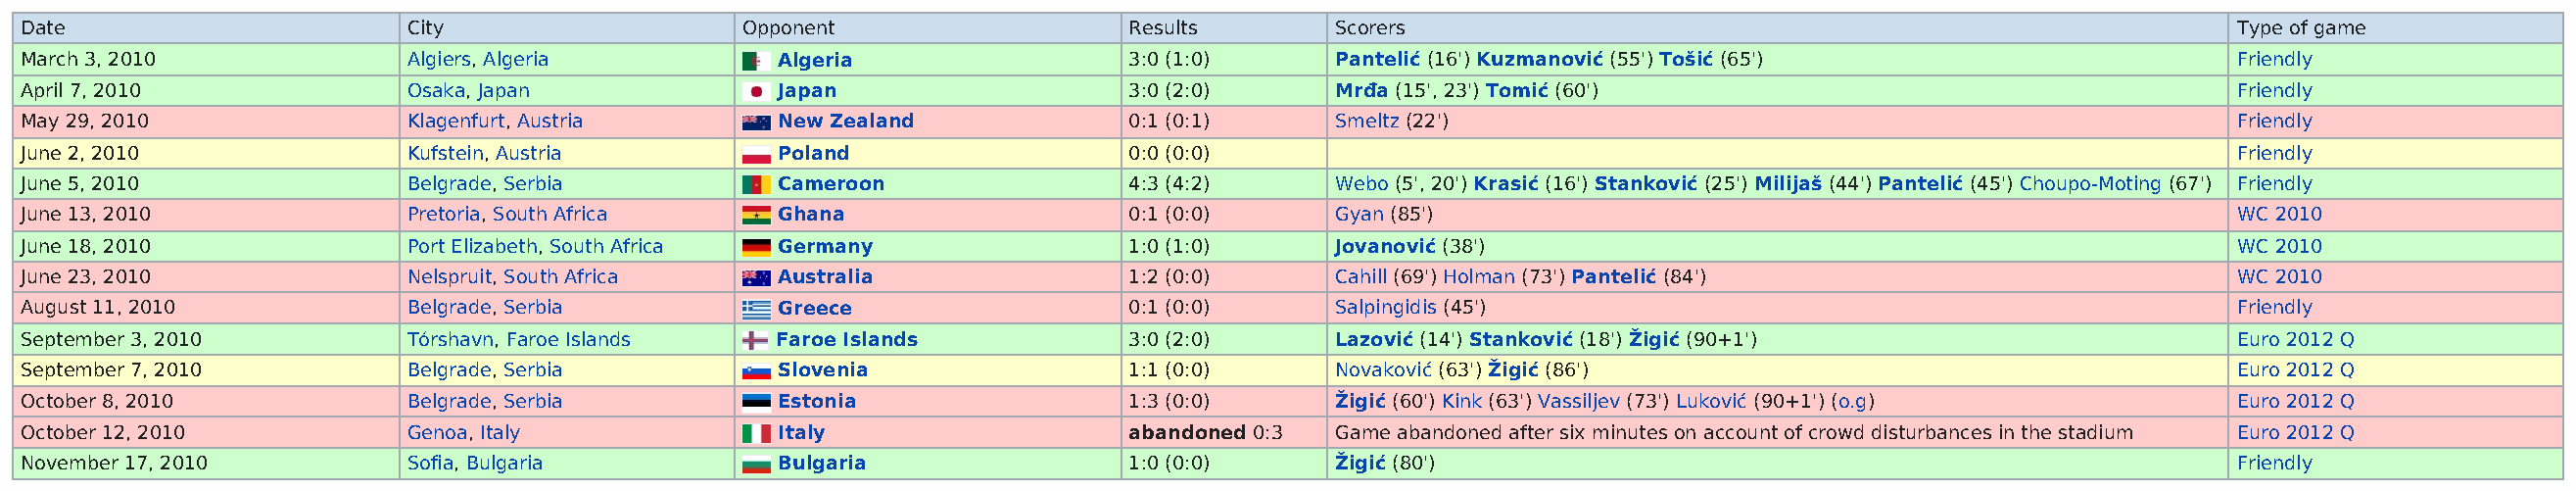
Date                       City                  Opponent                  Results       Scorers                                                      Type of game
 March 3, 2010              Algiers, Algeria         Algeria                3:0 (1:0)     Pantelić (16') Kuzmanović (55') Tošić (65')                  Friendly
 April 7, 2010              Osaka, Japan             Japan                  3:0 (2:0)     Mrđa (15', 23') Tomić (60')                                  Friendly
 May 29, 2010               Klagenfurt, Austria      New Zealand            0:1 (0:1)     Smeltz (22')                                                 Friendly
 June 2, 2010               Kufstein, Austria        Poland                 0:0 (0:0)                                                                  Friendly
 June 5, 2010               Belgrade, Serbia         Cameroon               4:3 (4:2)     Webo (5', 20') Krasić (16') Stanković (25') Milijaš (44') Pantelić (45') Choupo-Moting (67') Friendly
 June 13, 2010              Pretoria, South Africa   Ghana                  0:1 (0:0)     Gyan (85')                                                   WC 2010
 June 18, 2010              Port Elizabeth, South Africa Germany            1:0 (1:0)     Jovanović (38')                                              WC 2010
 June 23, 2010              Nelspruit, South Africa  Australia              1:2 (0:0)     Cahill (69') Holman (73') Pantelić (84')                     WC 2010
 August 11, 2010            Belgrade, Serbia         Greece                 0:1 (0:0)     Salpingidis (45')                                            Friendly
 September 3, 2010          Tórshavn, Faroe Islands Faroe Islands           3:0 (2:0)     Lazović (14') Stanković (18') Žigić (90+1')                  Euro 2012 Q
 September 7, 2010          Belgrade, Serbia         Slovenia               1:1 (0:0)     Novaković (63') Žigić (86')                                  Euro 2012 Q
 October 8, 2010            Belgrade, Serbia         Estonia                1:3 (0:0)     Žigić (60') Kink (63') Vassiljev (73') Luković (90+1') (o.g) Euro 2012 Q
 October 12, 2010           Genoa, Italy             Italy                  abandoned 0:3 Game abandoned after six minutes on account of crowd disturbances in the stadium Euro 2012 Q
 November 17, 2010          Sofia, Bulgaria          Bulgaria               1:0 (0:0)     Žigić (80')                                                  Friendly